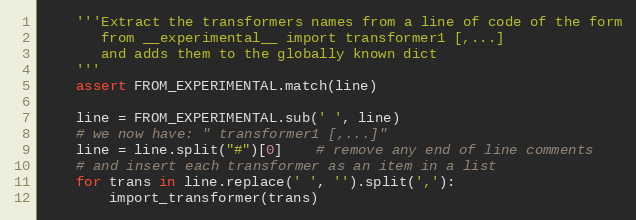
Language: Python
    '''Extract the transformers names from a line of code of the form
       from __experimental__ import transformer1 [,...]
       and adds them to the globally known dict
    '''
    assert FROM_EXPERIMENTAL.match(line)

    line = FROM_EXPERIMENTAL.sub(' ', line)
    # we now have: " transformer1 [,...]"
    line = line.split("#")[0]    # remove any end of line comments
    # and insert each transformer as an item in a list
    for trans in line.replace(' ', '').split(','):
        import_transformer(trans)